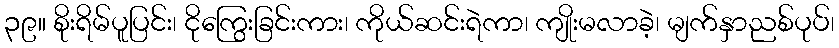
၃၉။ စိုးရိမ်ပူပြင်း၊ ငိုကြွေးခြင်းကား၊ ကိုယ်ဆင်းရဲကာ၊ ကျိုးမလာခဲ့၊ မျက်နှာညစ်ပုပ်၊